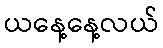
ယနေ့နေ့လယ်